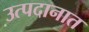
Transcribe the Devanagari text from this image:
उत्पदानात